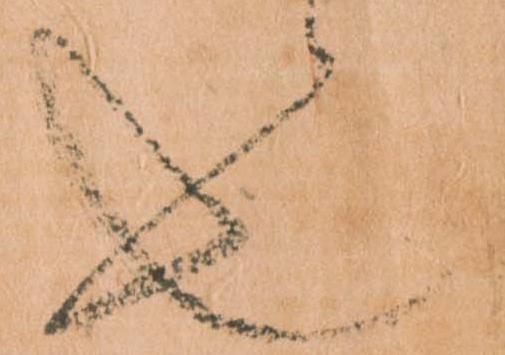
也